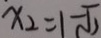
x _ { 2 } = 1 - \sqrt { 2 }